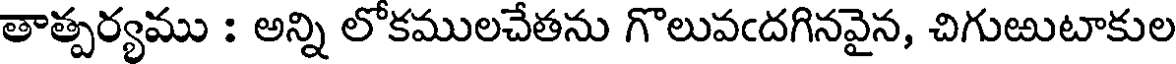
తాత్పర్యము : అన్ని లోకములచేతను గొలువఁదగినవైన, చిగుఱుటాకుల